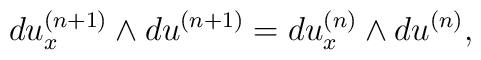
du_x^{(n+1)}\wedge du^{(n+1)}=du_x^{(n)}\wedge du^{(n)},